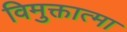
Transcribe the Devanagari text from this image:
विमुक्तात्मा